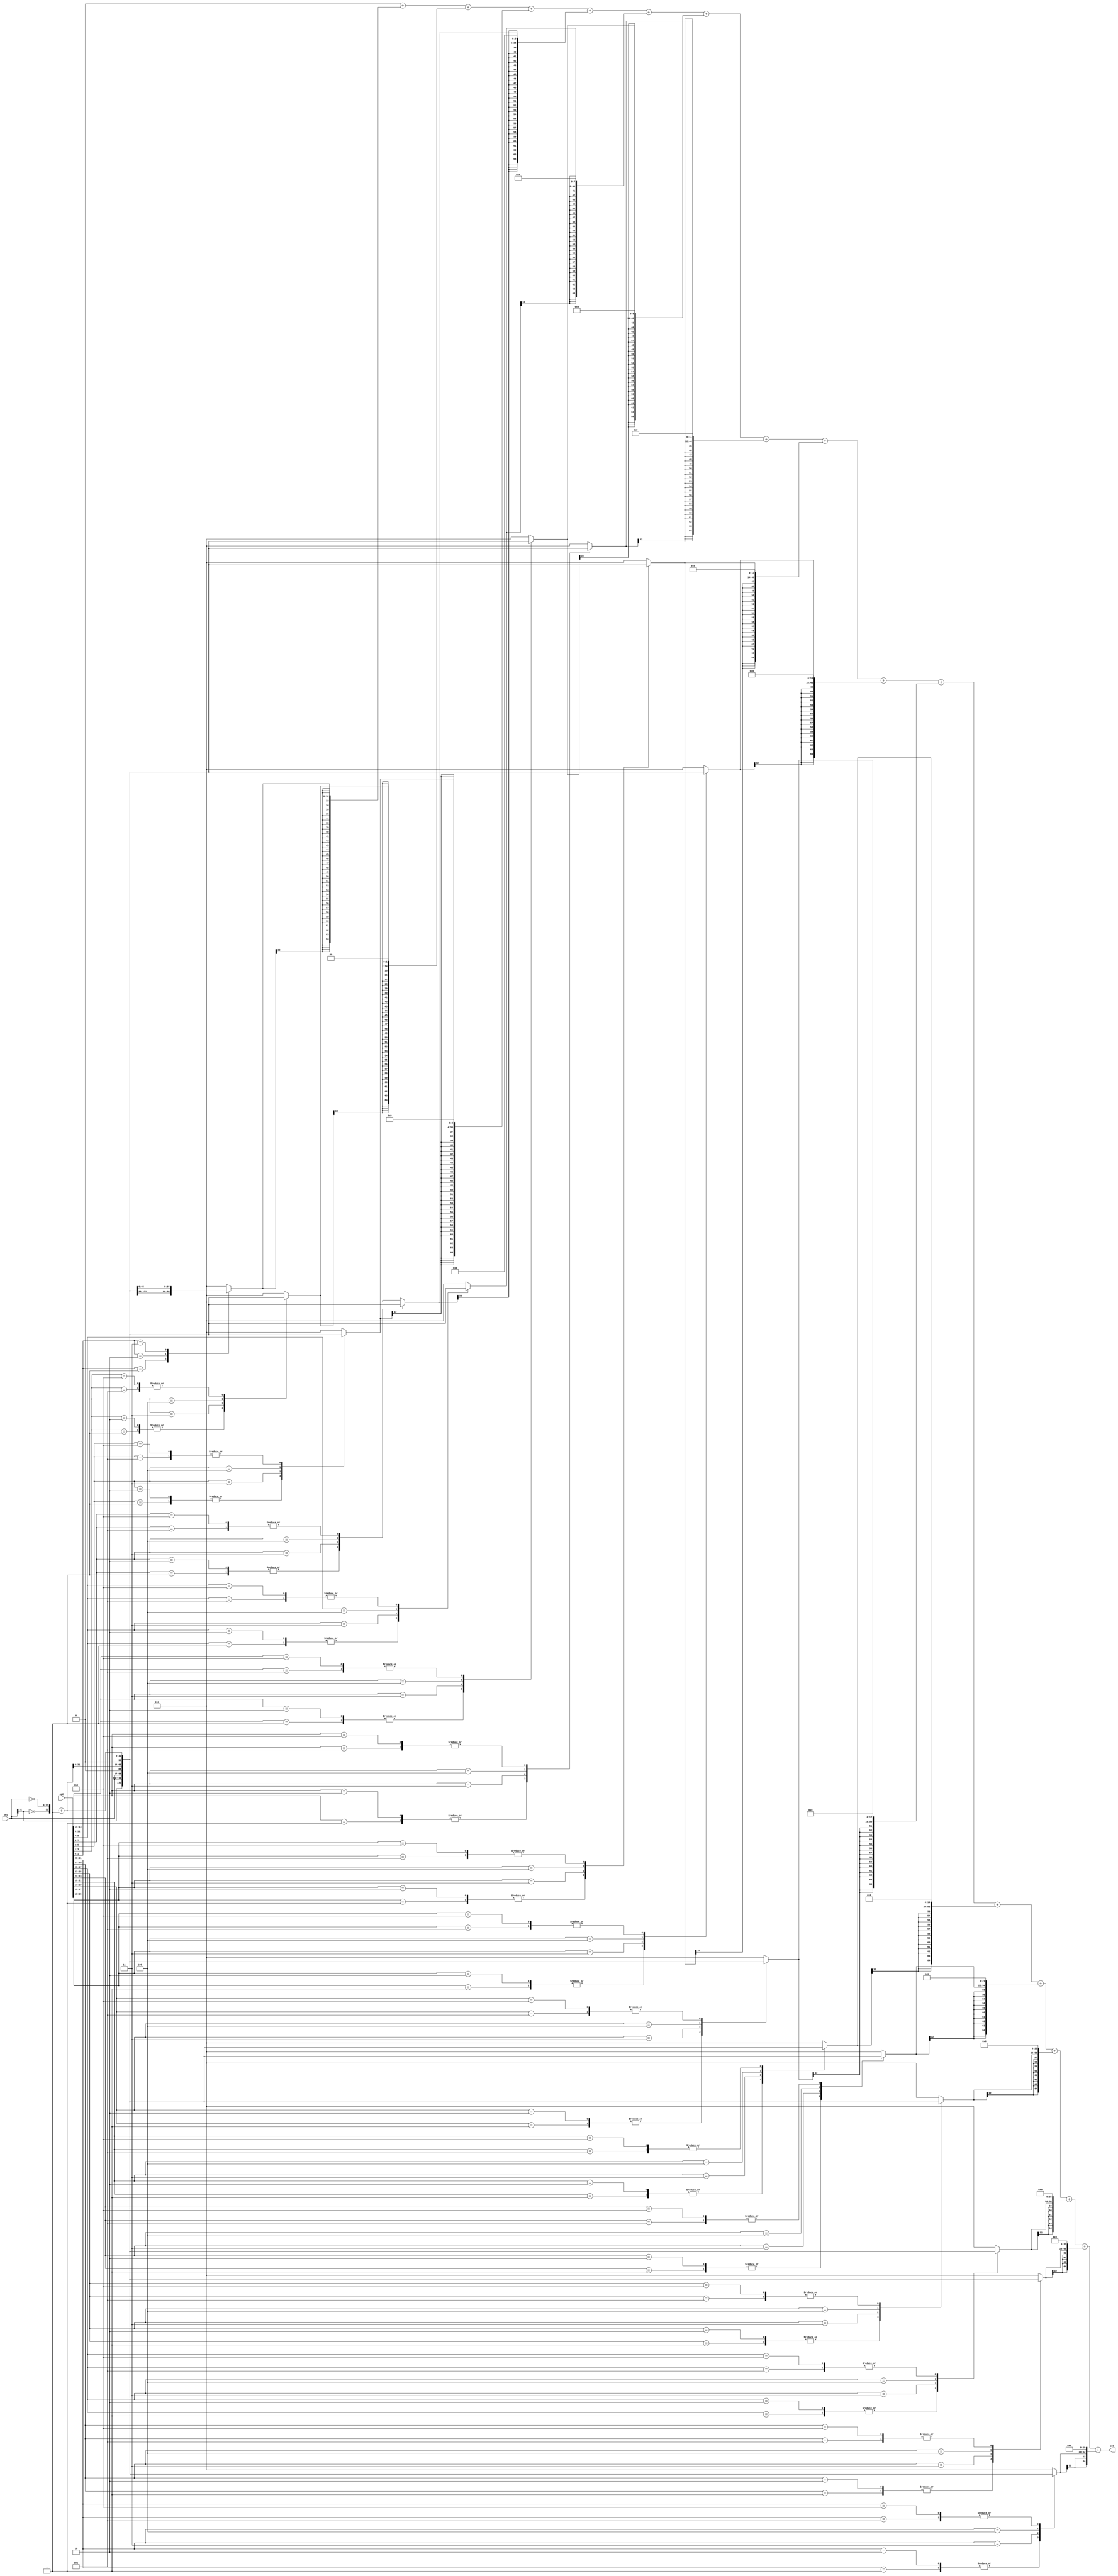
module Radix4Booth #(parameter N=32) (
    op1,op2,out
);

// in & out ports
input [N-1:0] op1;
input [N-1:0] op2;
output [2*N:0] out;

// wires 
wire [2*N:0] op1_complement;


//registers
reg [2:0] recordedMult [N/2-1:0];
reg [N:0] products [N/2-1:0];                    //last one on left is carry bit
reg [2*N:0] sumProducts [N/2-1:0];
reg [2*N:0] adder;

//loop variables
integer i;
integer j;

assign op1_complement={~op1[N-1],~op1} + 1;      // 2's complement of first operand

always @(op1 or op2 or op1_complement ) begin
    adder=0;

    recordedMult[0]= {op2[1],op2[0],1'b0};      // we always assume op[i-1] initially = 0

    for (i=1; i<N/2; i=i+1) begin
        recordedMult[i] = {op2[2*i+1],op2[2*i],op2[2*i-1]};
    end

    for (i = 0; i<N/2; i= i+1) begin
        case (recordedMult[i])
           3'b001 : products[i]  = {op1[N-1], op1}; 
           3'b010 : products[i]  = {op1[N-1], op1}; 
           3'b011 : products[i]  = {op1, 1'b0}; 
           3'b100 : products[i]  = {op1_complement[N-1:0], 1'b0}; 
           3'b101 : products[i]  = op1_complement; 
           3'b110 : products[i]  = op1_complement; 
            default:
            products[i]=0; 
        endcase

    sumProducts[i]= $signed(products[i]);
    for (j = 0; j<i; j=j+1) begin
        sumProducts[i]={sumProducts[i],2'b00} ;
    end
    end


    for (i=0 ;i < N/2; i=i+1) begin     //sum the result
        adder = adder + sumProducts[i];
    end
end

assign out = adder;



    
endmodule